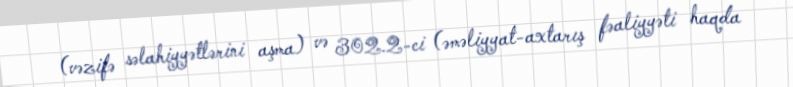
(vəzifə səlahiyyətlərini aşma) və 302.2-ci (əməliyyat-axtarış fəaliyyəti haqda